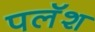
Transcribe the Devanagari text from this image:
पलॅश